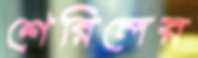
শেরিলের